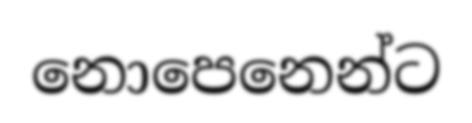
නොපෙනෙන්ට